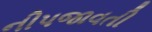
નીપજાવતી